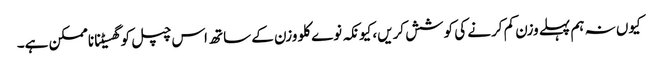
کیوں نہ ہم پہلے وزن کم کرنے کی کوشش کریں، کیونکہ نوے کلو وزن کے ساتھ اس چپل کو گھسیٹنا ناممکن ہے۔